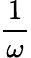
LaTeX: \frac{1}{\omega}